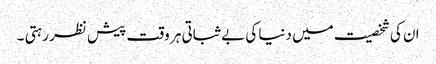
ان کی شخصیت میں دنیا کی بے ثباتی ہر وقت پیش نظر رہتی ۔